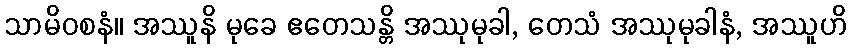
သာမိဝစနံ။ အဿူနိ မုခေ ဧတေသန္တိ အဿုမုခါ, တေသံ အဿုမုခါနံ, အဿူဟိ